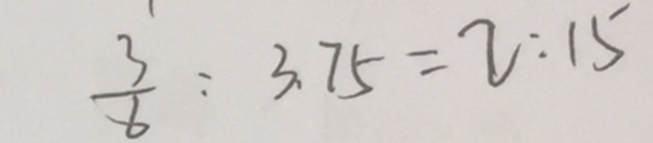
\frac { 3 } { 6 } : 3 . 7 5 = 2 : 1 5